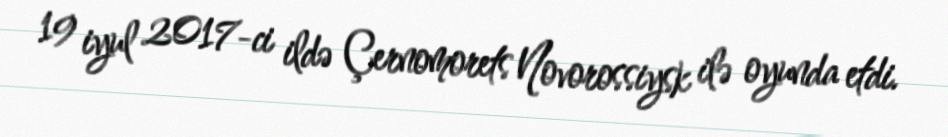
19 iyul 2017-ci ildə Çernomorets Novorossiysk ilə oyunda etdi.